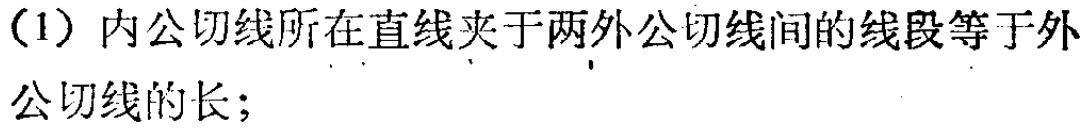
(1) 内公切线所在直线夹于两外公切线间的线段等于外公切线的长;